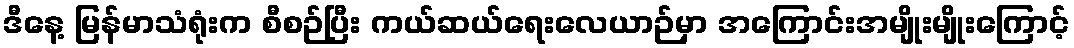
ဒီနေ့ မြန်မာသံရုံးက စီစဉ်ပြီး ကယ်ဆယ်ရေးလေယာဉ်မှာ အကြောင်းအမျိုးမျိုးကြောင့်